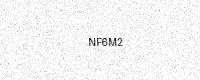
Text: NF6M2